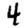
Digit: 4